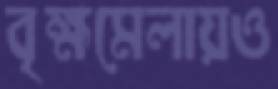
বৃক্ষমেলায়ও